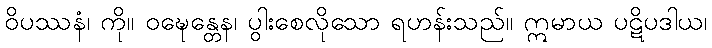
ဝိပဿနံ၊ ကို။ ဝဍ္ဎေန္တေန၊ ပွါးစေလိုသော ရဟန်းသည်။ ဣမာယ ပဋိပဒါယ၊